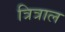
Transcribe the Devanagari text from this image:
त्रित्राल